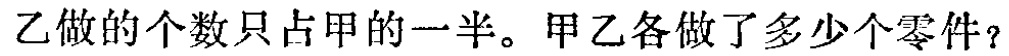
乙做的个数只占甲的一半。甲乙各做了多少个零件？